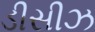
ડીસીઝ